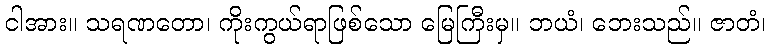
ငါအား။ သရဏတော၊ ကိုးကွယ်ရာဖြစ်သော မြေကြီးမှ။ ဘယံ၊ ဘေးသည်။ ဇာတံ၊